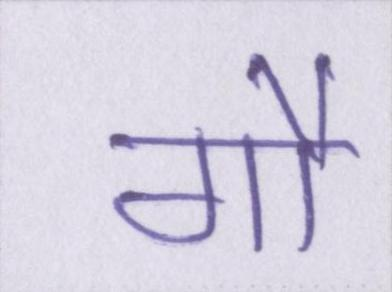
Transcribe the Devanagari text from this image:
गौ